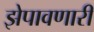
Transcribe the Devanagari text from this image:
झेपावणारी